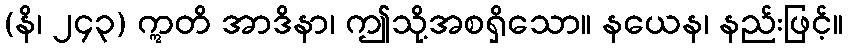
(နိ၊ ၂၄၃) ဣတိ အာဒိနာ၊ ဤသို့အစရှိသော။ နယေန၊ နည်းဖြင့်။